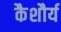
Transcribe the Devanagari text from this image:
कैशौर्य